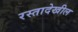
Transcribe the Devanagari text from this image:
रस्तादेखील